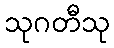
သုဂတီသု